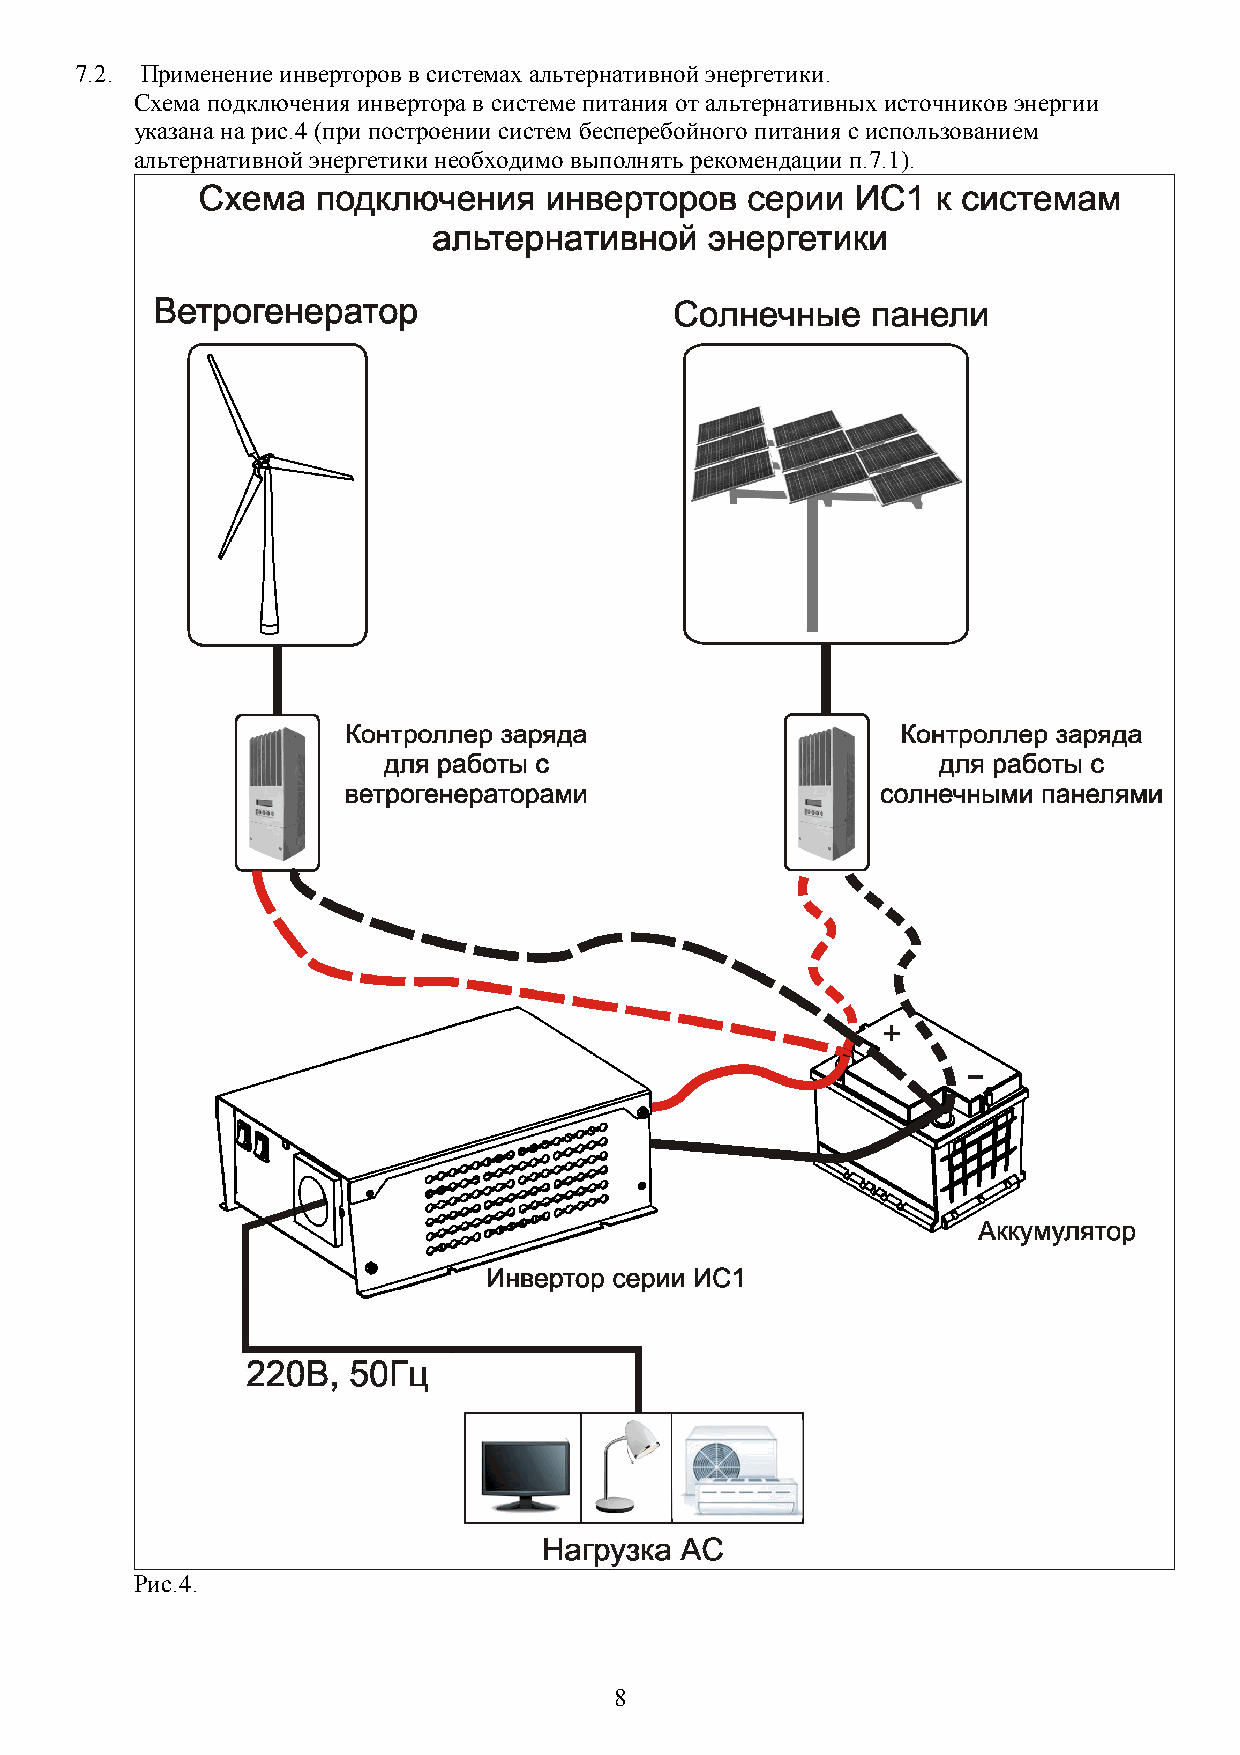
7.2. Применение инверторов в системах альтернативной энергетики.
 Схема подключения инвертора в системе питания от альтернативных источников энергии
 указана на рис.4 (при построении систем бесперебойного питания с использованием
 альтернативной энергетики необходимо выполнять рекомендации п.7.1).
 Рис.4.
 8